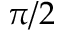
\pi / 2